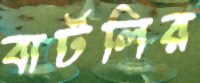
বার্টলির